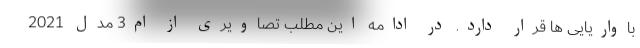
باواریایی ها قرار دارد. در ادامه این مطلب تصاویری از ام3 مدل 2021